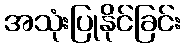
အသုံးပြုနိုင်ခြင်း